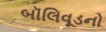
બૉલિવૂડનો